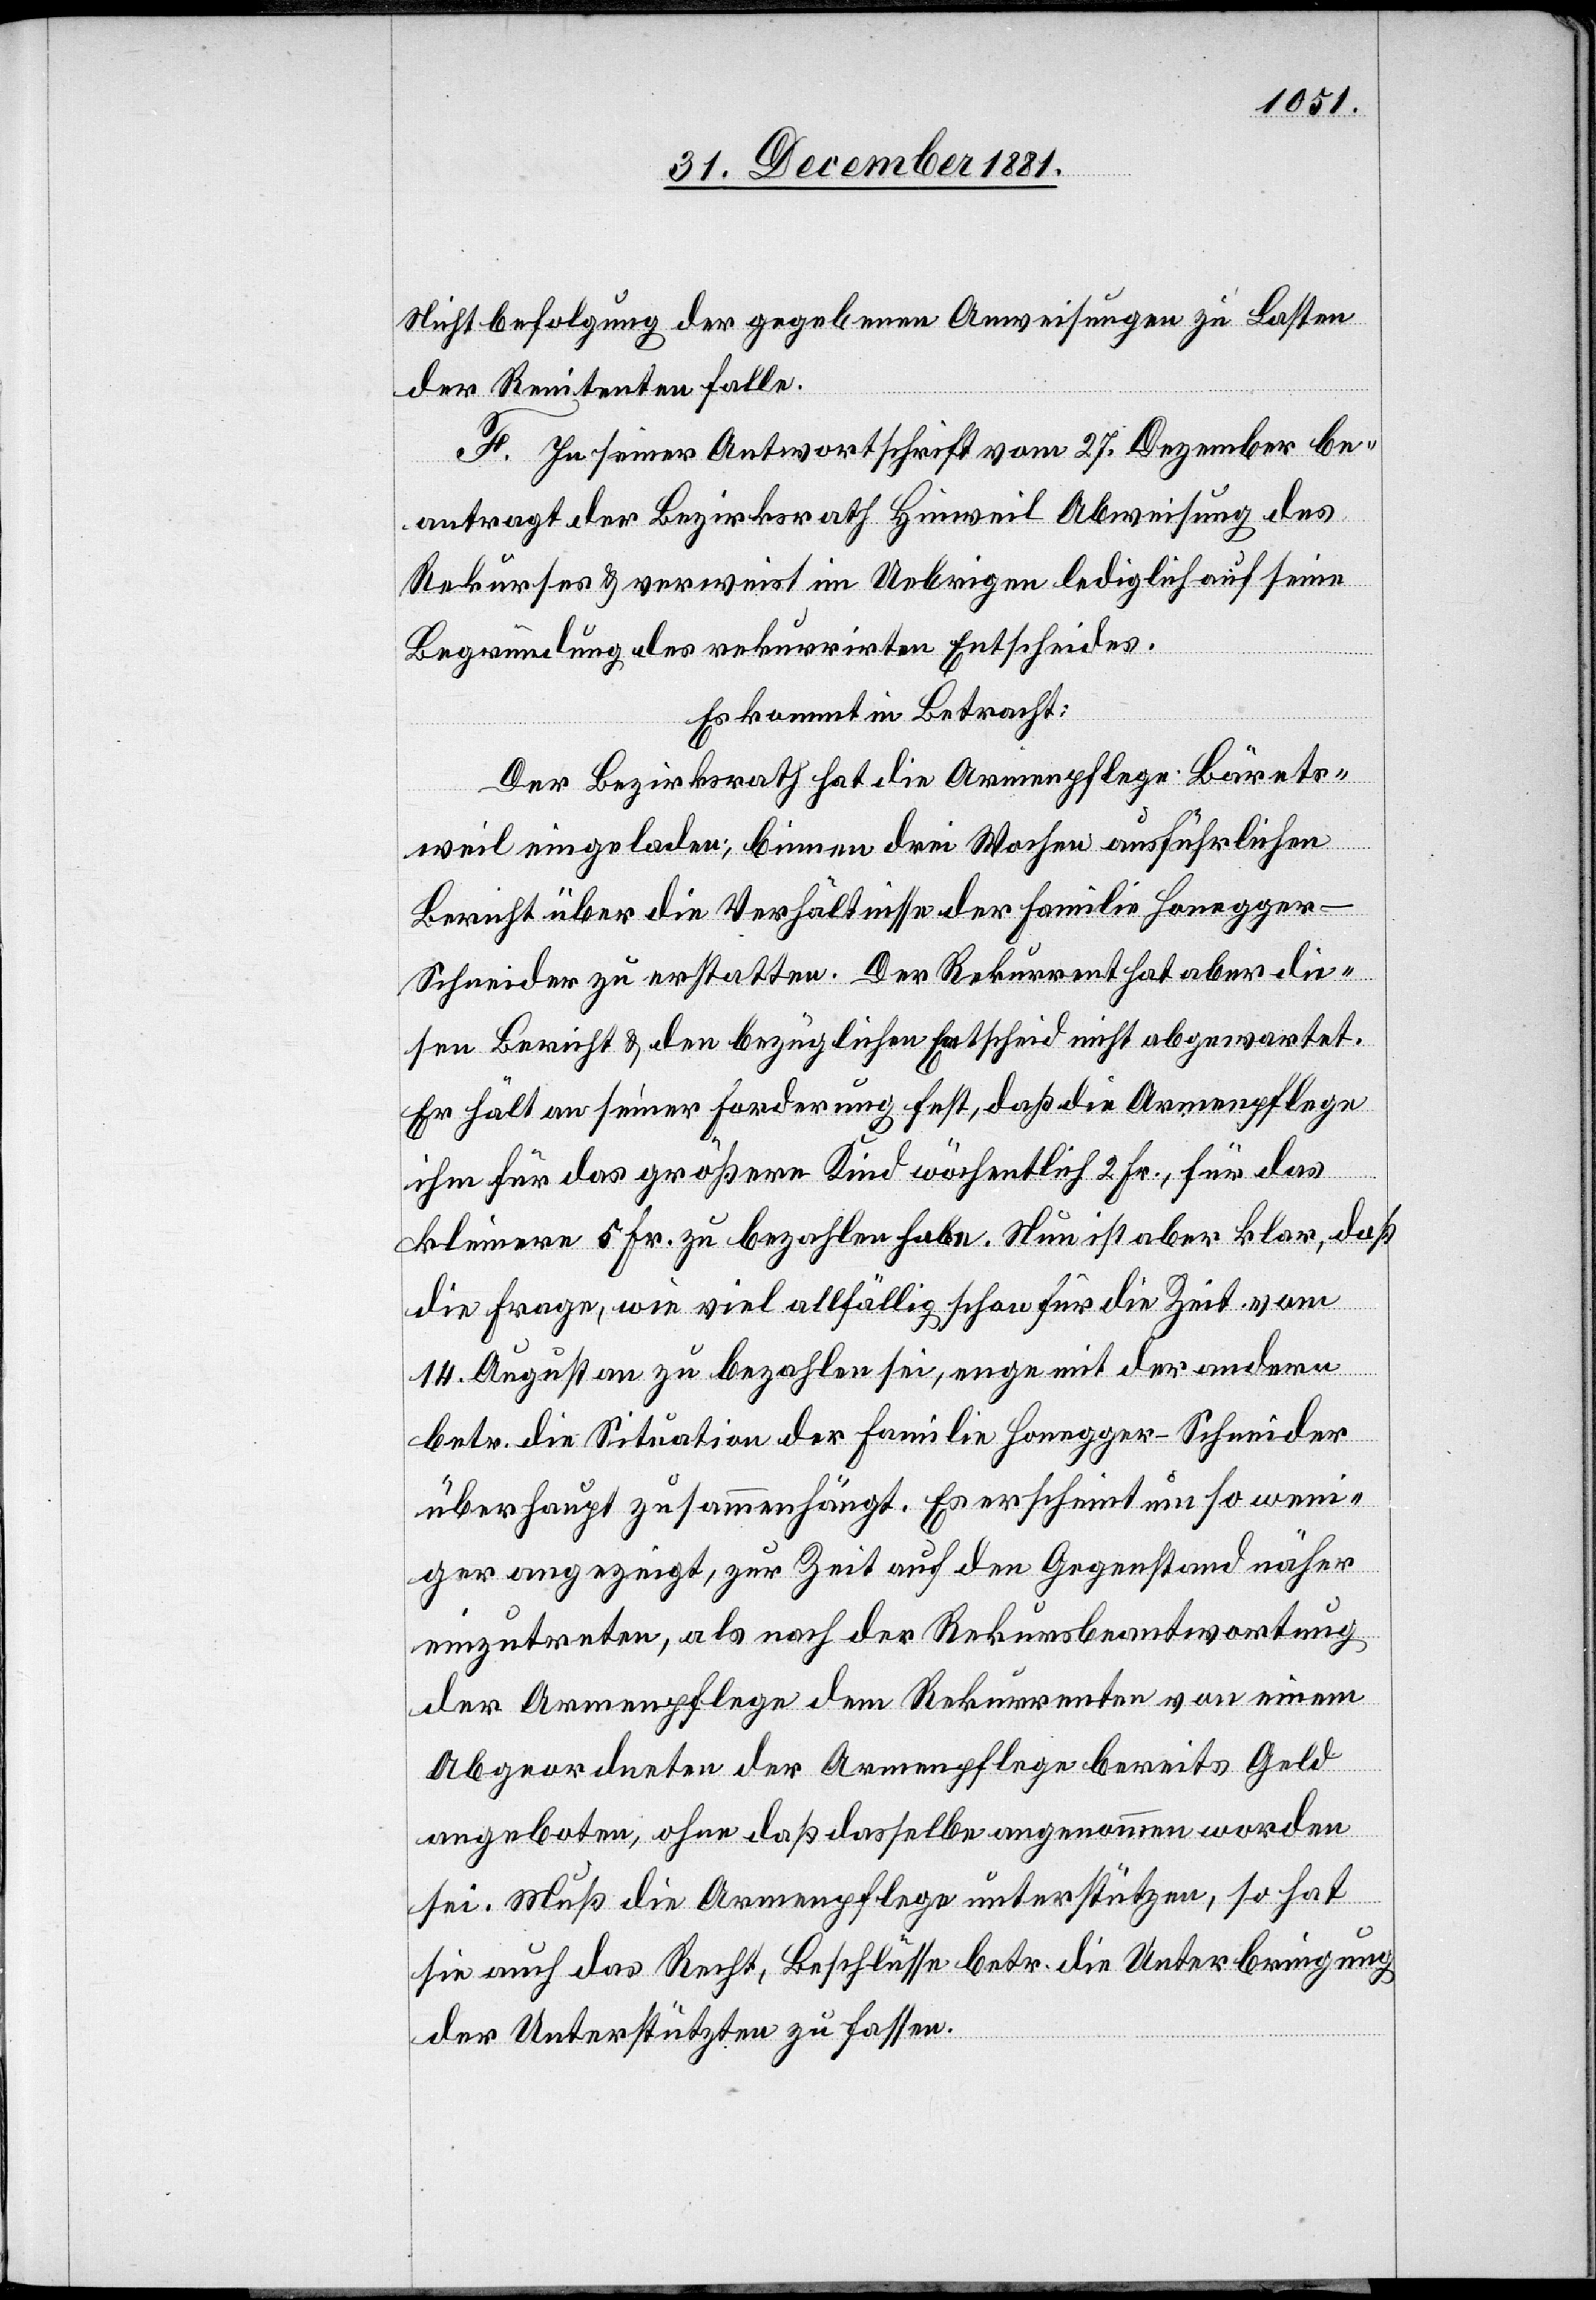
Nichtbefolgung der gegebenen Anweisungen zu Lasten
der Renitenten falle.
F. In seiner Antwortschrift vom 27. Dezember be¬
antragt der Bezirksrath Hinweil Abweisung des
Rekurses & verweist im Uebrigen lediglich auf seine
Begründung des rekurrirten Entscheides.
Es kommt in Betracht:
Der Bezirksrath hat die Armenpflege Bärets¬
weil eingeladen, binnen drei Wochen ausführlichen
Bericht über die Verhältnisse der Familie Honegge¬
r-Schneider zu erstatten. Der Rekurrent hat die¬
sen Bericht & den bezüglichen Entscheid nicht abgewartet.
Er hält an seiner Forderung fest, daß die Armenpflege
ihm für das größere Kind wöchentlich 2 Fr., für das
kleinere 5 Fr. zu bezahlen habe. Nun ist aber klar, daß
die Frage, wie viel allfällig schon für die Zeit vom
14. August an zu bezahlen sei, enge mit der andern
betr. die Situation der Familie Honegger-Schneider
überhaupt zusammenhängt. Es erscheint um so weni¬
ger angezeigt, zur Zeit auf den Gegenstand näher
einzutreten, als nach der Rekursbeantwortung
der Armenpflege dem Rekurrenten von einem
Abgeordneten der Armenpflege bereits Geld
angeboten, ohne daß dasselbe angenommen worden
sei. Muß die Armenpflege unterstützen, so hat
sie auch das Recht, Beschlüsse betr. die Unterbringung
der Unterstützten zu fassen.